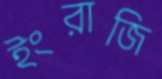
ইংরাজি